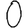
Digit: 0